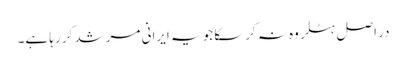
در اصل ہٹلر وه نہ کرسکا جو یہ ایرانی مرشد کر رہا ہے۔